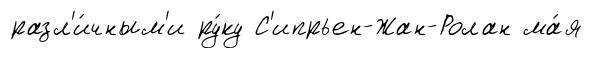
разл'и́чным'и ру́ку С'ипрьен-Жан-Ролан ма́я